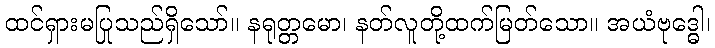
ထင်ရှားမပြုသည်ရှိသော်။ နရုတ္တမော၊ နတ်လူတို့ထက်မြတ်သော။ အယံဗုဒ္ဓေါ၊